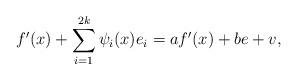
LaTeX: \begin{align*}f'(x)+\sum_{i=1}^{2k} \psi_i(x)e_i =a f'(x)+b e +v,\end{align*}